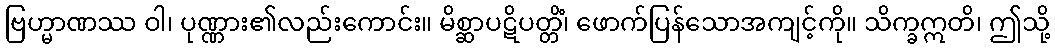
ဗြဟ္မာဏဿ ဝါ၊ ပုဏ္ဏား၏လည်းကောင်း။ မိစ္ဆာပဋိပတ္တိံ၊ ဖောက်ပြန်သောအကျင့်ကို။ သိက္ခဣတိ၊ ဤသို့